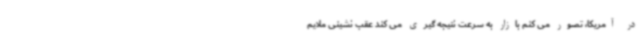
در آمریکا، تصور می کنم بازار به سرعت نتیجه گیری می کند عقب نشینی ملایم